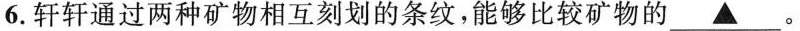
6.轩轩通过两种矿物相互刻划的条纹，能够比较矿物的\underline{▲}。